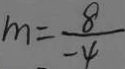
m = \frac { 8 } { - 4 }